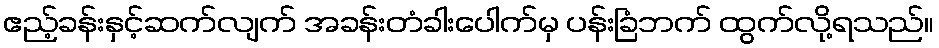
ဧည့်ခန်းနှင့်ဆက်လျက် အခန်းတံခါးပေါက်မှ ပန်းခြံဘက် ထွက်လို့ရသည်။